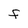
Character: f